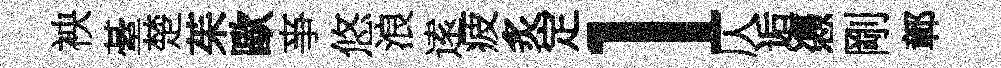
䘧䑓楚茱歐亊悠浪逺疲炙定l仄逅慿剛鄣